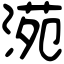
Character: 𣸱